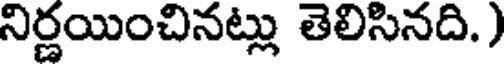
నిర్ణయించినట్లు తెలిసినది.)